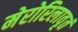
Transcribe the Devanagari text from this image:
मेरोरिलावृतं